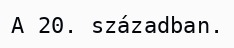
A 20. században.